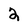
Character: 2